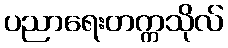
ပညာရေးတက္ကသိုလ်